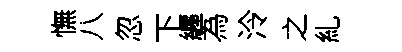
憮八忽下纒為泠之糺